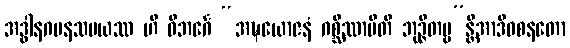
အဒ္ဓါနဂမနသမယဿ ဟိ ဝိဘင်္ဂေ “အဍ္ဎယောဇနံ ဂစ္ဆိဿာမီတိ ဘုဉ္ဇိတဗ္ဗ”န္တိအာဒိဝစနတော